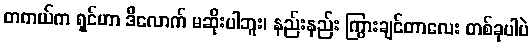
တကယ်က ရှင်ဟာ ဒီလောက် မဆိုးပါဘူး၊ နည်းနည်း ကြွားချင်တာလေး တစ်ခုပါပဲ